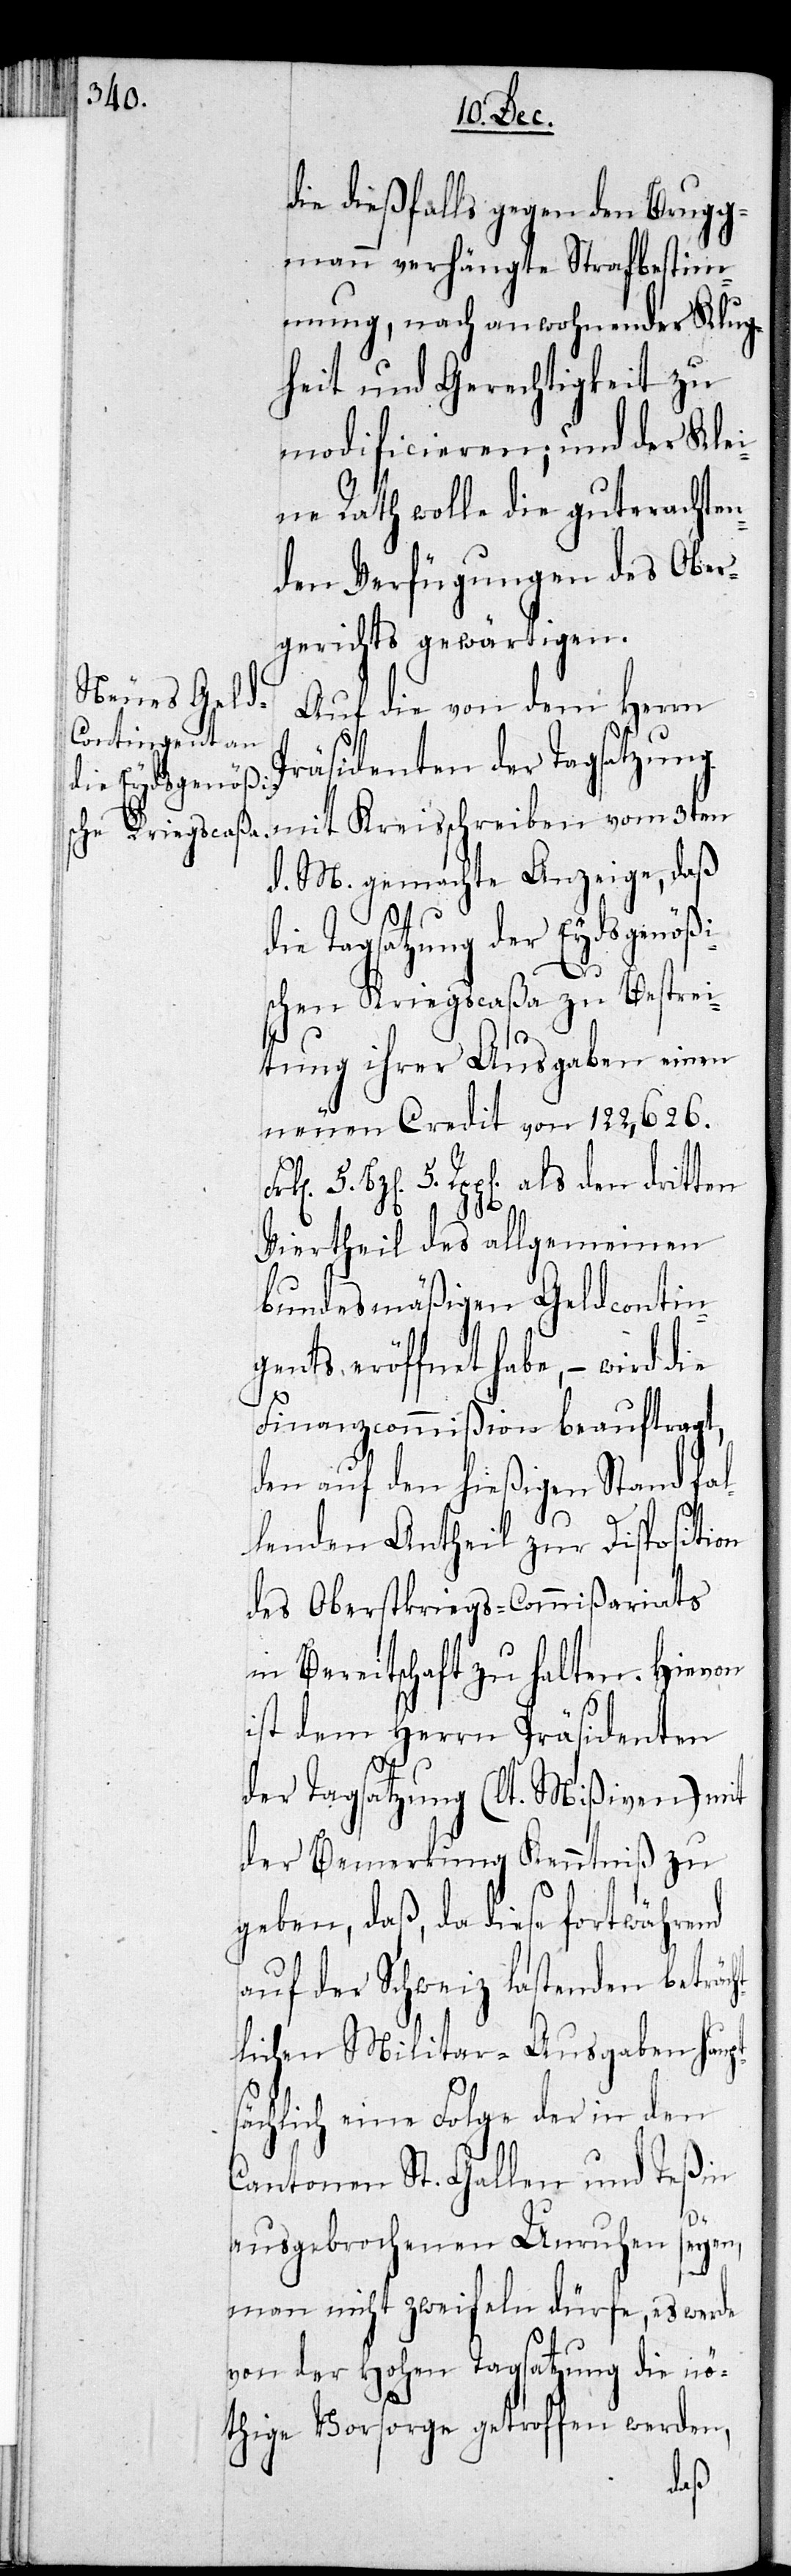
die dießfalls gegen den Brugg¬
mann verhängte Strafbestim¬
mung, nach anwohnender Klug¬
heit und Gerechtigkeit zu
modificieren; und der Kle¬
ine Rath wolle die guterachten¬
den Verfügungen des Ober¬
gerichts gewärtigen.
Auf die von dem Herrn
Präsidenten der Tagsatzung
mit Kreisschreiben vom 3ten
d. M. gemachte Anzeige, daß
die Tagsatzung der Eydsgenößi¬
schen Kriegscaßa zu Bestrei¬
tung ihrer Ausgaben einen
neuen Kredit von 122 626.
Bzen. 5. Rppen. als den dritten
5.
Viertheil des allgemeinen
bundesmäßigen Geldcontin¬
gents eröffnet habe, – wird die
Finanzcommißion beauftragt,
den auf den hießigen Stand fal¬
lenden Antheil zur Disposition
des Oberstkriegs-Commißariats
in Bereitschaft zu halten. Hievon
ist dem Herrn Präsidenten
der Tagsatzung (lt. Mißiven) mit
der Bemerkung Kenntniß zu
geben, daß, da diese fortwährend
auf der Schweiz lastenden beträch¬
tlichen Militar-Ausgaben haupt¬
sächlich eine Folge der in den
Cantonen St. Gallen und Teßin
ausgebrochenen Unruhen seyen,
man nicht zweifeln dürfe, es werde
von der Hohen Tagsatzung die nö¬
thige Vorsorge getroffen werden,